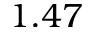
1 . 4 7